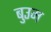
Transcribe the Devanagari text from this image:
बुउम